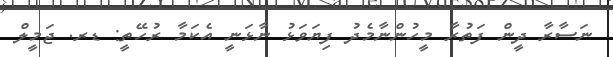
ނަސާރާ ދީން ފަތުރާ މީހުންނާމެދު ފިޔަވަޅު ނާޅަނީ އެކަމާ ރުހޭތީ: ޑރ. ޖަމީލް